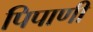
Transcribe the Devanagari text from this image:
पिपाणी